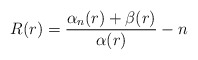
\begin{align*} R(r)=\frac{\alpha_n(r)+\beta(r)}{\alpha(r)}-n \end{align*}